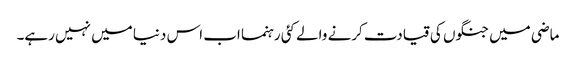
ماضی میں جنگوں کی قیادت کرنے والے کئی رہنما اب اس دنیا میں نہیں رہے۔